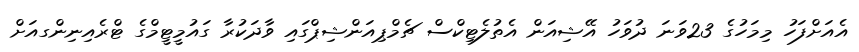
އެއަށްފަހު މިމަހުގެ 23ވަނަ ދުވަހު އޭޝިއަން އެތުލެޓިކްސް ޗެމްޕިއަންޝިޕްގައި ވާދަކުރާ ގައުމީޓީމްގެ ޓްރެއިނިންގއަށް